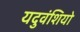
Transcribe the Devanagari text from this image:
यदुवंशियो